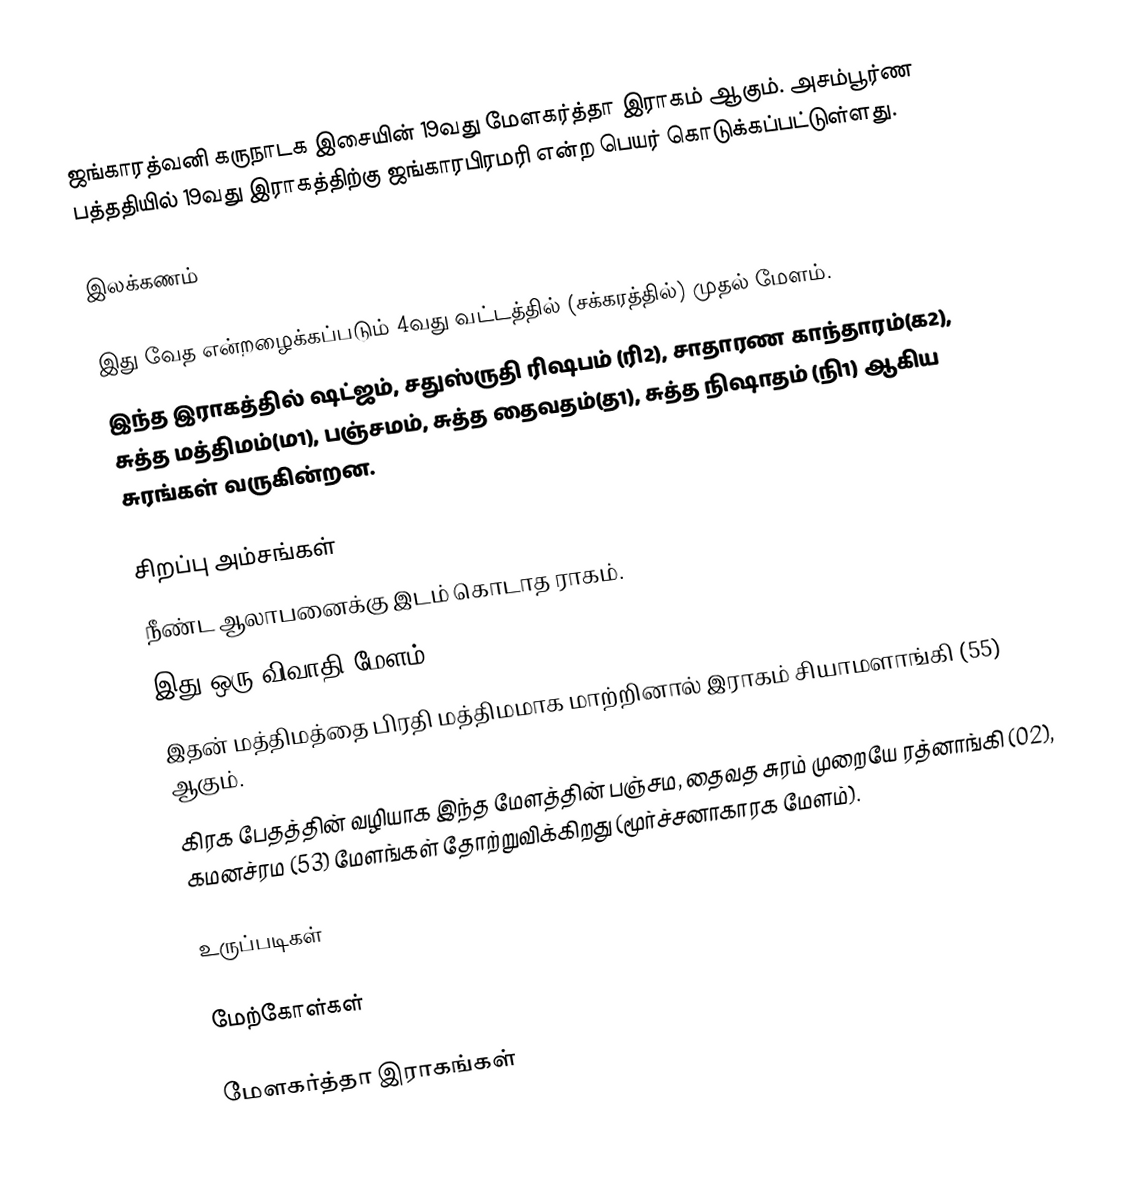
ஜங்காரத்வனி கருநாடக இசையின் 19வது மேளகர்த்தா இராகம் ஆகும். அசம்பூர்ண பத்ததியில் 19வது இராகத்திற்கு ஜங்காரபிரமரி என்ற பெயர் கொடுக்கப்பட்டுள்ளது.

இலக்கணம்

 இது வேத என்றழைக்கப்படும் 4வது வட்டத்தில் (சக்கரத்தில்) முதல் மேளம்.
 இந்த இராகத்தில் ஷட்ஜம், சதுஸ்ருதி ரிஷபம் (ரி2), சாதாரண காந்தாரம்(க2), சுத்த மத்திமம்(ம1), பஞ்சமம், சுத்த தைவதம்(த1), சுத்த நிஷாதம் (நி1) ஆகிய சுரங்கள் வருகின்றன.

சிறப்பு அம்சங்கள்
 நீண்ட ஆலாபனைக்கு இடம் கொடாத ராகம்.
 இது ஒரு விவாதி மேளம்.
 இதன் மத்திமத்தை பிரதி மத்திமமாக மாற்றினால் இராகம் சியாமளாங்கி (55) ஆகும்.
 கிரக பேதத்தின் வழியாக இந்த மேளத்தின் பஞ்சம, தைவத சுரம் முறையே ரத்னாங்கி (02), கமனச்ரம (53) மேளங்கள் தோற்றுவிக்கிறது (மூர்ச்சனாகாரக மேளம்).

உருப்படிகள்

மேற்கோள்கள்

மேளகர்த்தா இராகங்கள்